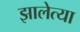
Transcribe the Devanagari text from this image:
झालेत्या